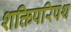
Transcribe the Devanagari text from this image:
शक्तिपरिपथ